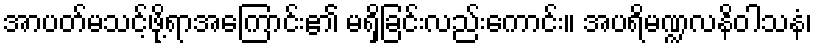
အာပတ်မသင့်ဖို့ရာအကြောင်း၏ မရှိခြင်းလည်းကောင်း။ အပရိမဏ္ဍလနိဝါသနံ၊